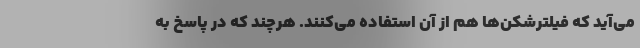
می‌آید که فیلترشکن‌ها هم از آن استفاده می‌کنند. هرچند که در پاسخ به